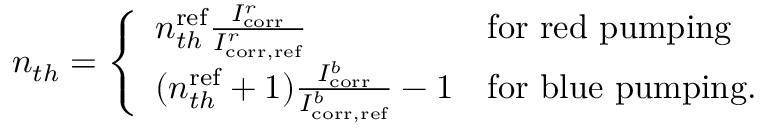
\begin{array} { r } { n _ { t h } = \left\{ \begin{array} { l l } { n _ { t h } ^ { \mathrm { r e f } } \frac { I _ { \mathrm { c o r r } } ^ { r } } { I _ { \mathrm { c o r r , r e f } } ^ { r } } } & { \mathrm { f o r ~ r e d ~ p u m p i n g } } \\ { ( n _ { t h } ^ { \mathrm { r e f } } + 1 ) \frac { I _ { \mathrm { c o r r } } ^ { b } } { I _ { \mathrm { c o r r , r e f } } ^ { b } } - 1 } & { \mathrm { f o r ~ b l u e ~ p u m p i n g . } } \end{array} \right. } \end{array}